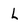
Character: L